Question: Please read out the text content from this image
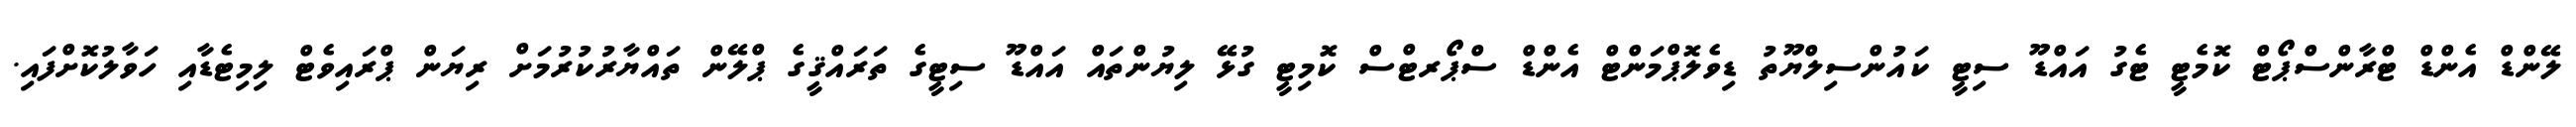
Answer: ލޭންޑް އެންޑް ޓްރާންސްޕޯޓް ކޮމެޓީ ޓެގު އައްޑޫ ސިޓީ ކައުންސިލްޔޫތު ޑިވެލޮޕްމަންޓް އެންޑް ސްޕޯރޓްސް ކޮމިޓީ ގުޅޭ ލިޔުންތައް އައްޑޫ ސިޓީގެ ތަރައްޤީގެ ޕްލޭން ތައްޔާރުކުރުމަށް ރިޔަން ޕްރައިވެޓް ލިމިޓެޑާއި ހަވާލުކޮށްފައި.